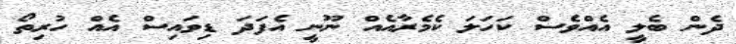
ދެން ބެލީ އެއްވެސް ކަހަލަ ކެމެރާއެއް ނޫނީ އެފަދަ ޑިވައިސް އެއް ހުރިތޯ